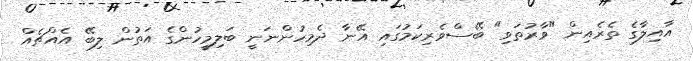
އާއިލާގެ ތެރެއިން "ވާރުތަވި" ބޭސްވެރިކަމުގައި އޭނާ ދެމިހުންނަނީ ބަލިމީހުންގެ އަތުން ލިބޭ އެއްޗެއް